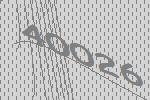
40026